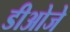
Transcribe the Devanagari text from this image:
डीओजे